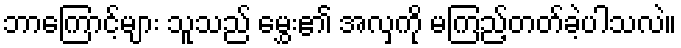
ဘာကြောင့်များ သူသည် မွှေး၏ အလှကို မကြည့်တတ်ခဲ့ပါသလဲ။